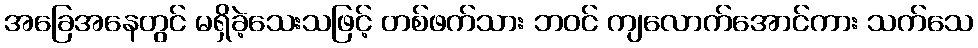
အခြေအနေတွင် မရှိခဲ့သေးသဖြင့် တစ်ဖက်သား ဘဝင် ကျလောက်အောင်ကား သက်သေ